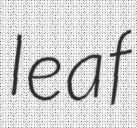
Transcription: leaf